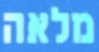
מלאה